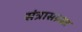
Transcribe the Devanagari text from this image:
संत्रासग्रस्त